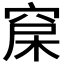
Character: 𥦃